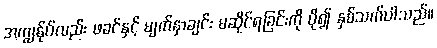
အကျွန်ုပ်လည်း ဖခင်နှင့် မျက်နှာချင်း မဆိုင်ရခြင်းကို ပို၍ နှစ်သက်ပါသည်။